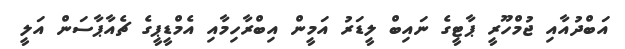
އަބްދުއާއި ޖުމްހޫރީ ޕާޓީގެ ނައިބް ލީޑަރު އަމީން އިބްރާހިމާއި އެމްޑީޕީގެ ޗެއާޕާސަން އަލީ